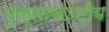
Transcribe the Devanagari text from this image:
मुक्ताकाशीय